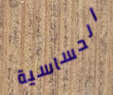
الحساسية